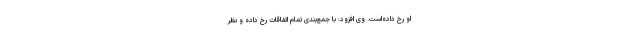
او رخ داده‌است. وی افزود: با جمع‌بندی تمام اتفاقات رخ داده و نظر